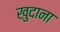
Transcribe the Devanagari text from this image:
खुदाना